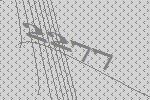
2277